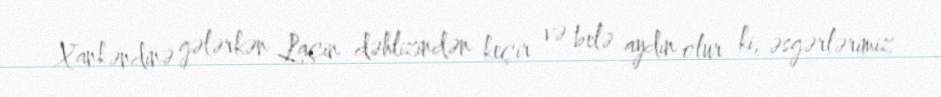
Xankəndinə gələrkən Laçın dəhlizindən keçir və belə aydın olur ki, əsgərlərimiz